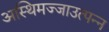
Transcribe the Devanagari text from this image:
अस्थिमज्जाउत्पन्न